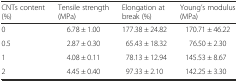
<table><thead><tr><td><b>CNTs content (%)</b></td><td><b>Tensile strength (MPa)</b></td><td><b>Elongation at break (%)</b></td><td><b>Young’s modulus (MPa)</b></td></tr></thead><tbody><tr><td>0</td><td>6.78 ± 1.00</td><td>177.38 ± 24.82</td><td>170.71 ± 46.22</td></tr><tr><td>0.5</td><td>2.87 ± 0.30</td><td>65.43 ± 18.32</td><td>76.50 ± 2.30</td></tr><tr><td>1</td><td>4.08 ± 0.11</td><td>78.13 ± 12.94</td><td>145.53 ± 8.67</td></tr><tr><td>2</td><td>4.45 ± 0.40</td><td>97.33 ± 2.10</td><td>142.25 ± 3.30</td></tr></tbody></table>